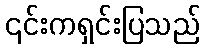
၎င်းကရှင်းပြသည်